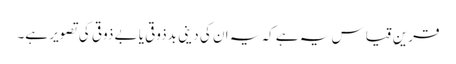
قرینِ قیاس یہ ہے کہ یہ ان کی دینی بدذوقی یا بے ذوقی کی تصویر ہے۔